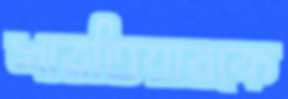
শারতিয়ারকে